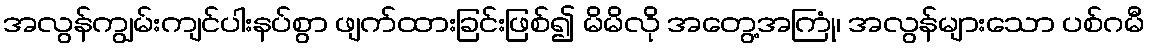
အလွန်ကျွမ်းကျင်ပါးနပ်စွာ ဖျက်ထားခြင်းဖြစ်၍ မိမိလို အတွေ့အကြုံ၊ အလွန်များသော ပစ်ဂမီ